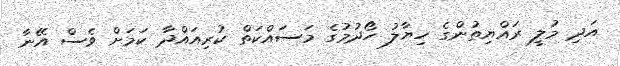
އަދި މުލީ ރައްޔިތުންގެ ހިޔާލު ހޯދުމުގެ މަސައްކަތް ކުރިއައްދާ ކަމަށް ވެސް އޭނާ